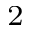
^ { 2 }